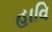
હાવિ